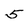
Character: 5